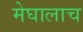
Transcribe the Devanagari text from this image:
मेघालाच